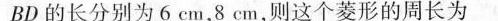
BD的长分别为6cm，8cm，则这个菱形的周长为